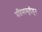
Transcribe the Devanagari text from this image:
प्रतिमासृष्टीहून